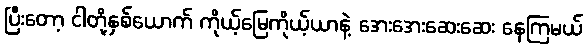
ပြီးတော့ ငါတို့နှစ်ယောက် ကိုယ့်မြေကိုယ့်ယာနဲ့ အေးအေးဆေးဆေး နေကြမယ်